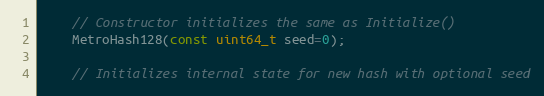
Language: C
    // Constructor initializes the same as Initialize()
    MetroHash128(const uint64_t seed=0);

    // Initializes internal state for new hash with optional seed